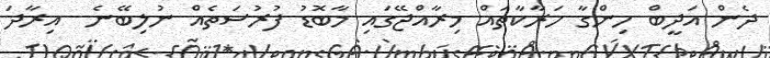
ދެން އަދީބް ހިންގާ ހަރާކާތައް މިރާއްޖޭގައި މާބޮޑު ފުރުސަތެއް ނުލިބޭނެ  އިރާދަ